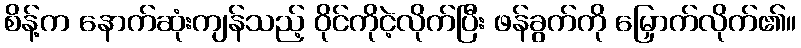
စိန့်က နောက်ဆုံးကျန်သည့် ဝိုင်ကိုငဲ့လိုက်ပြီး ဖန်ခွက်ကို မြှောက်လိုက်၏။